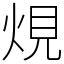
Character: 䙺